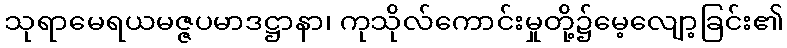
သုရာမေရယမဇ္ဇပမာဒဋ္ဌာနာ၊ ကုသိုလ်ကောင်းမှုတို့၌မေ့လျော့ခြင်း၏